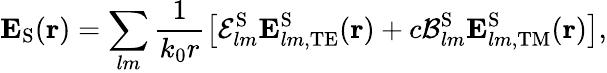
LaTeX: \boldsymbol{\mathbf{E}}_{\mathrm{S}}(\boldsymbol{\mathbf{r}})=\sum_{lm}\frac{1}{k_{0}r}\left[\mathcal{E}_{lm}^{\mathrm{S}}\boldsymbol{\mathbf{E}}_{lm,\mathrm{TE}}^{\mathrm{S}}(\boldsymbol{\mathbf{r}})+c\mathcal{B}_{lm}^{\mathrm{S}}\boldsymbol{\mathbf{E}}_{lm,\mathrm{TM}}^{\mathrm{S}}(\boldsymbol{\mathbf{r}})\right],